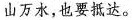
山万水，也要抵达。